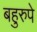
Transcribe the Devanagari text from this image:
बहुरुपे